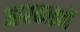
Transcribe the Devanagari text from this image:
आरकाइवों